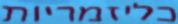
כליזמריות